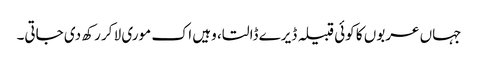
جہاں عربوں کا کوئی قبیلہ ڈیرے ڈالتا، وہیں اک موری لا کر رکھ دی جاتی۔